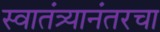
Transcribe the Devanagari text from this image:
स्वातंत्र्यानंतरचा